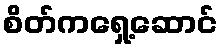
စိတ်ကရှေ့ဆောင်